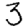
Digit: 3